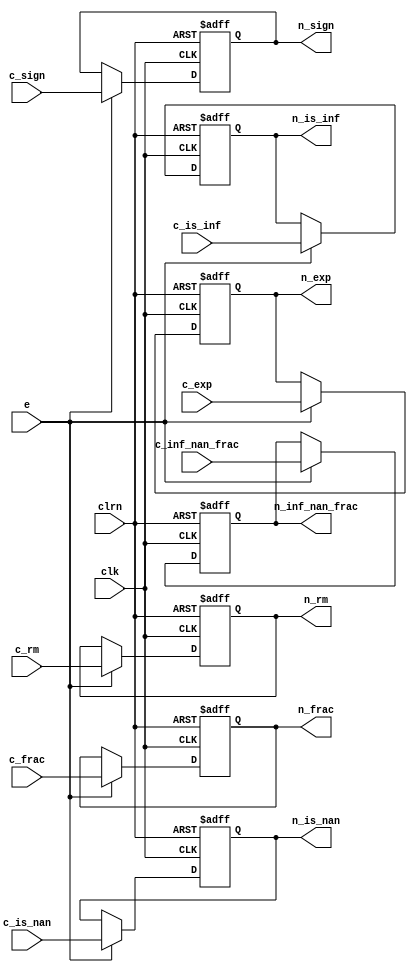
module reg_cal_norm (c_rm,c_is_nan,c_is_inf,c_inf_nan_frac,c_sign,c_exp,
	c_frac,clk,clrn,e,n_rm,n_is_nan,n_is_inf,n_inf_nan_frac,n_sign,n_exp,n_frac);
	input [1:0] c_rm;
	input c_is_nan,c_is_inf,c_sign;
	input [22:0] c_inf_nan_frac;
	input [7:0] c_exp;
	input [27:0] c_frac;
	input clk;
	input clrn;
	input e;
	output reg [1:0] n_rm;
	output reg n_is_nan, n_is_inf, n_sign;
	output reg [22:0] n_inf_nan_frac;
	output reg [7:0] n_exp;
	output reg [27:0] n_frac;

	always @ (posedge clk or negedge clrn) begin
		if (!clrn) begin
			n_rm <= 0;
			n_is_nan <= 0;
			n_is_inf <= 0;
			n_inf_nan_frac <= 0;
			n_sign <= 0;
			n_exp <= 0;
			n_frac <= 0;
		end else if (e) begin
			n_rm <= c_rm;
			n_is_nan <= c_is_nan;
			n_is_inf <= c_is_inf;
			n_inf_nan_frac <= c_inf_nan_frac;
			n_sign <= c_sign;
			n_exp <= c_exp;
			n_frac <= c_frac;
		end
	end	
endmodule